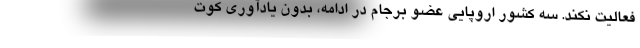
فعالیت نکند. سه کشور اروپایی عضو برجام در ادامه، بدون یادآوری کوت